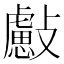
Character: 𣀞